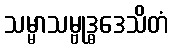
သမ္မာသမ္ဗုဒ္ဓဒေသိတံ